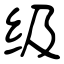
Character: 级